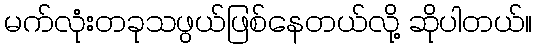
မက်လုံးတခုသဖွယ်ဖြစ်နေတယ်လို့ ဆိုပါတယ်။